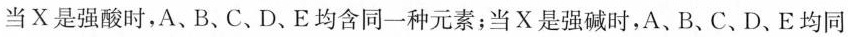
当X是强酸时，A、B、C、D、E均含同一种元素；当X是强碱时，A、B、C、D、E均同